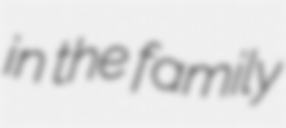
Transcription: in the family